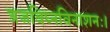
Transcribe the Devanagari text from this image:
त्रजविघ्नविनाशनः।